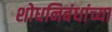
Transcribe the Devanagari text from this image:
शोधनिबंधांच्या